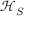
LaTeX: { \mathcal { H } } _ { S }